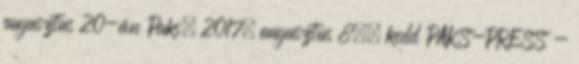
augusztus 20-án Paks, 2017. augusztus 8., kedd PAKS-PRESS -